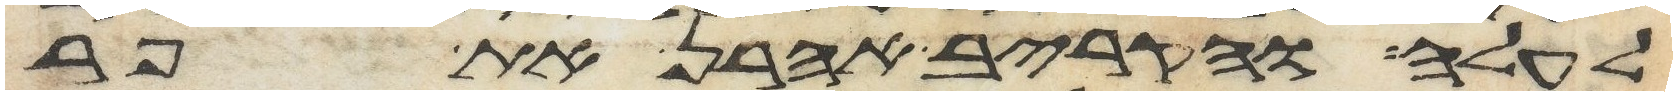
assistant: לעלה והקריב אהרן את פר